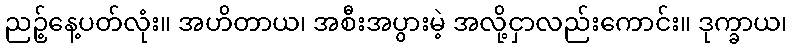
ညဉ့်နေ့ပတ်လုံး။ အဟိတာယ၊ အစီးအပွားမဲ့ အလို့ငှာလည်းကောင်း။ ဒုက္ခာယ၊